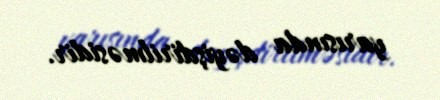
yarısında dəyişdirilməsidir.